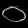
Digit: ၀